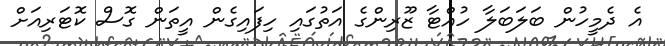
އެ ދެމީހުން ބަލަބަލާ ހުއްޓާ ޒޫރިންގެ އަތުގައި ހިފައިގެން އީތަން ގޮސް ކޮޓަރިއަށް